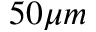
5 0 \mu m